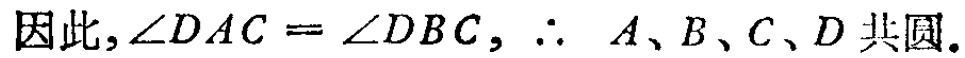
因此,$\angle DAC = \angle DBC$, $\therefore$ $A、B、C、D$ 共圆.